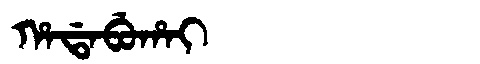
Manchu: ᡥᠠᡩᠠᠪᡠᡥᠠᡳ
Romanization: HADABUHAI